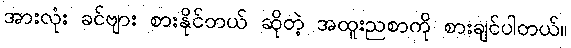
အားလုံး ခင်ဗျား စားနိုင်တယ် ဆိုတဲ့ အထူးညစာကို စားချင်ပါတယ်။